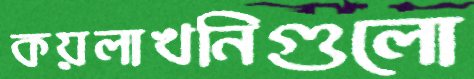
কয়লাখনিগুলো